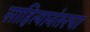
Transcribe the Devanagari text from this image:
साहित्यानंतरचा